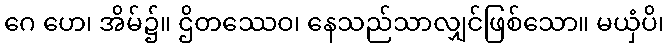
ဂေ ဟေ၊ အိမ်၌။ ဌိတဿေဝ၊ နေသည်သာလျှင်ဖြစ်သော။ မယှံပိ၊